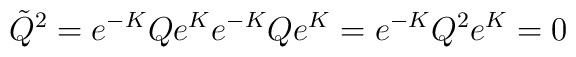
\tilde{Q}^2=e^{-K}Qe^{K}e^{-K}Qe^{K}=e^{-K}Q^2e^{K}=0 \